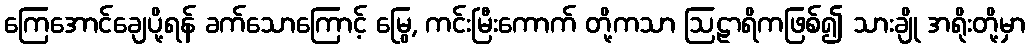
ကြေအောင်ချေပို့ရန် ခက်သောကြောင့် မြွေ, ကင်းမြီးကောက် တို့ကသာ ဩဠာရိကဖြစ်၍ သားချို အရိုးတို့မှာ